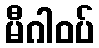
မီဂါဝပ်